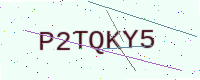
Text: P2TQKY5